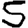
Digit: 5